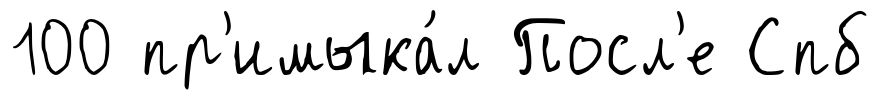
100 пр'имыка́л Посл'е Спб